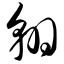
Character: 翱